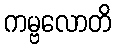
ကမ္ဗလောတိ